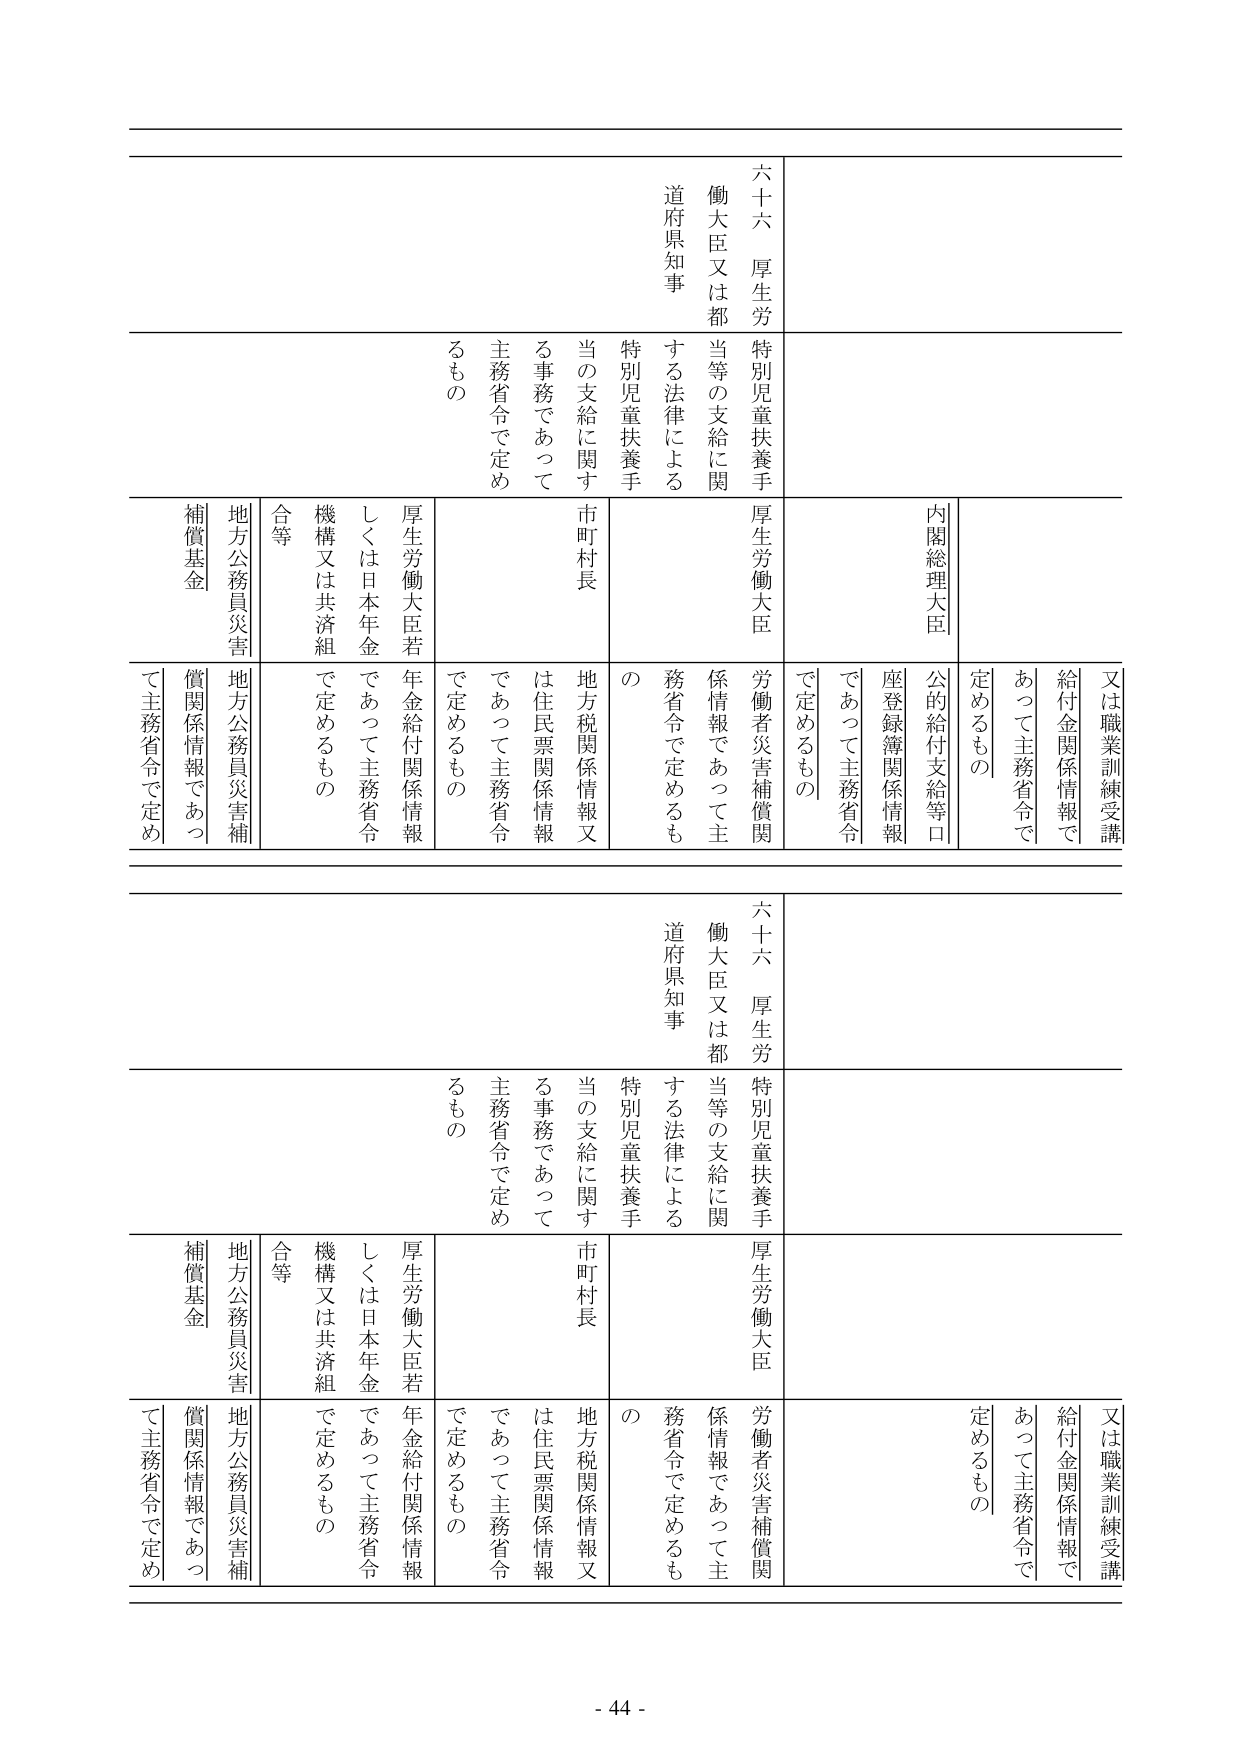
六十六 厚生労働大臣又は都道府県知事
特別児童扶養手当等の支給に関する法律による特別児童扶養手当の支給に関する事務であって主務省令で定めるもの
内閣総理大臣
又は職業訓練受講給付金関係情報であって主務省令で定めるもの
公的給付支給等口座登録簿関係情報であって主務省令で定めるもの
厚生労働大臣
労働者災害補償関係情報であって主務省令で定めるもの
市町村長
地方税関係情報又は住民票関係情報であって主務省令で定めるもの
厚生労働大臣若しくは日本年金機構又は共済組合等
年金給付関係情報であって主務省令で定めるもの
地方公務員災害補償基金
地方公務員災害補償関係情報であって主務省令で定めるもの

六十六 厚生労働大臣又は都道府県知事
特別児童扶養手当等の支給に関する法律による特別児童扶養手当の支給に関する事務であって主務省令で定めるもの
内閣総理大臣
又は職業訓練受講給付金関係情報であって主務省令で定めるもの
公的給付支給等口座登録簿関係情報であって主務省令で定めるもの
厚生労働大臣
労働者災害補償関係情報であって主務省令で定めるもの
市町村長
地方税関係情報又は住民票関係情報であって主務省令で定めるもの
厚生労働大臣若しくは日本年金機構又は共済組合等
年金給付関係情報であって主務省令で定めるもの
地方公務員災害補償基金
地方公務員災害補償関係情報であって主務省令で定めるもの

- 44 -